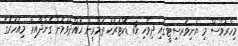
މިހާރުވެސް މި ޔުނިވަރސިޓީގައި ދިވެހި 13 ޑޮކްޓަރަކު ތަމްރީނު ހައްދަވަމުން ގެންދާއިރު މިއަހަރުގެ